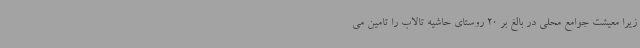
زیرا معیشت جوامع محلی در بالغ بر 20 روستای حاشیه تالاب را تامین می